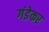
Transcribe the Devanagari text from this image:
गंडेकर